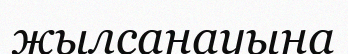
жылсанауына